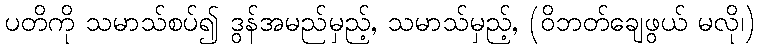
ပတိကို သမာသ်စပ်၍ ဒွန်အမည်မှည့်, သမာသ်မှည့်, (ဝိဘတ်ချေဖွယ် မလို၊)